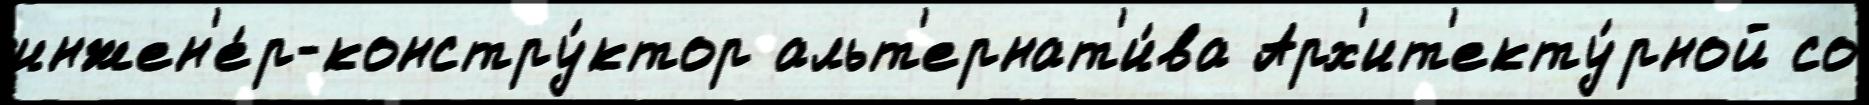
инжен'е́р-констру́ктор альт'ернат'и́ва Арх'ит'екту́рной со